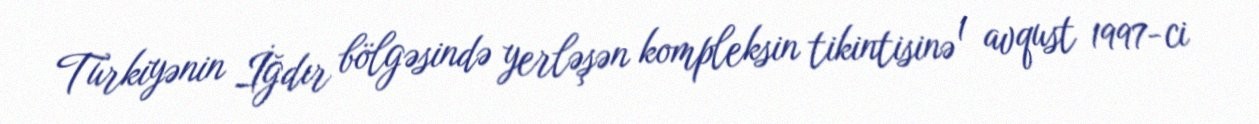
Türkiyənin İğdır bölgəsində yerləşən kompleksin tikintisinə 1 avqust 1997-ci